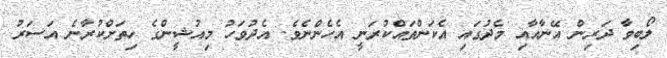
ލޯބިވާ ދަރިން އޭނާއާއި މެދުގައި އެކަންތައްކުރަނީ އެހެންނެވެ. އެދުވަހު މިއުޝީންގެ ހިތަށްކުރާނެ އަސަރު